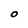
Character: O